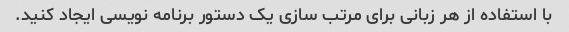
با استفاده از هر زبانی برای مرتب سازی یک دستور برنامه نویسی ایجاد کنید.